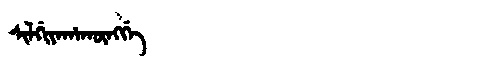
Manchu: ᠰᡳᠯᡤᡳᠶᠠᡥᠠᡴᡡᠩᡤᡝ
Romanization: SILGIYAHAKŪNGGE